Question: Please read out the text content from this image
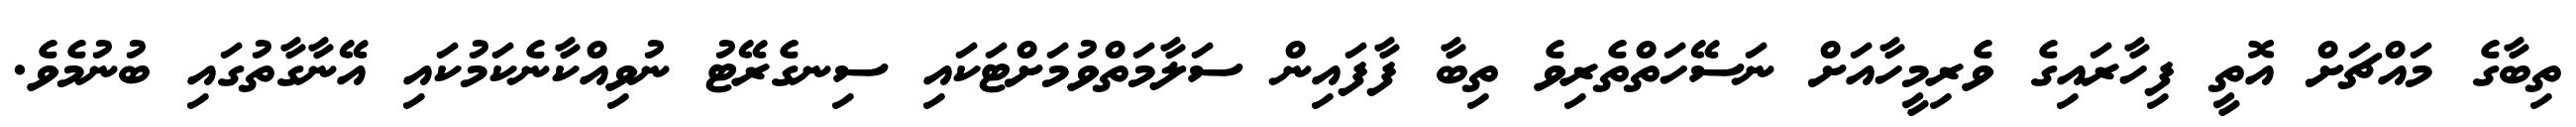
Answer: ތިބާގެ މައްޗަށް އޮތީ ފިހާރައިގެ ވެރިމީހާއަށް ނަސޭހަތްތެރިވެ ތިބާ ފާފައިން ސަލާމަތްވުމަށްޓަކައި ސިނގެރޭޓު ނުވިއްކާނެކަމުކައި އޭނާގާތުގައި ބުނުމެވެ.